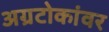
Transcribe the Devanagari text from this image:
अग्रटोकांवर